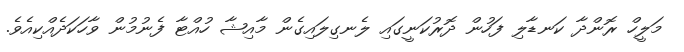
މަލީހް ރޮންދާ ކަނޑާލި ފަހުން ދޮރުކަނީގައި ލެނގިލައިގެން މާއިޝާ ހުއްޓާ ފެނުމުން ވާހަކަދެއްކިއެވެ.